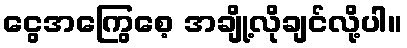
ငွေအကြွေစေ့ အချို့လိုချင်လို့ပါ။